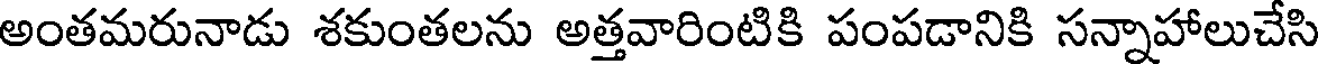
అంతమరునాడు శకుంతలను అత్తవారింటికి పంపడానికి సన్నాహాలుచేసి